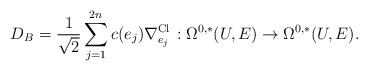
\begin{align*} D_B=\frac{1}{\sqrt{2}}\sum^{2n}_{j=1}c(e_j)\nabla^{\mathrm{Cl\,}}_{e_j}:\Omega^{0,*}(U,E)\rightarrow\Omega^{0,*}(U,E).\end{align*}